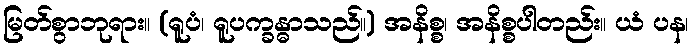
မြတ်စွာဘုရား။ (ရူပံ၊ ရူပက္ခန္ဓာသည်။) အနိစ္စ၊ အနိစ္စပါတည်း။ ယံ ပန၊